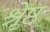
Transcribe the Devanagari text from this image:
श्रृेष्ठ